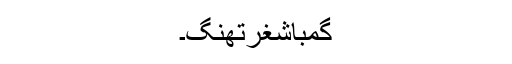
گمباشغرتھنگ۔